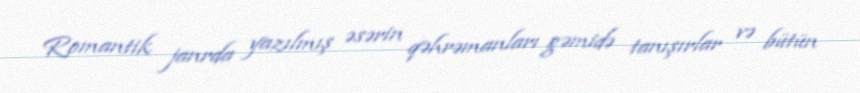
Romantik janrda yazılmış əsərin qəhrəmanları gəmidə tanışırlar və bütün